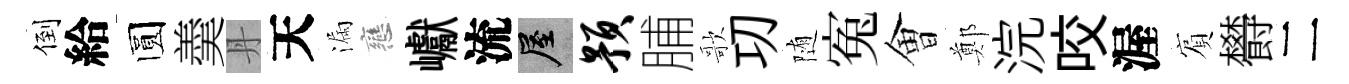
倒給圆羮丹天漏戀巘流屋预脯歌㓛随寃㑹鄭浣咬渥賔欎二